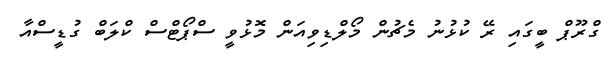
ގްރޫޕް ބީގައި ރޭ ކުޅުނު މެޗުން މޯލްޑިވިއަން މޮޅުވީ ސްޕޯޓްސް ކްލަބް ގުޑީސްއާ